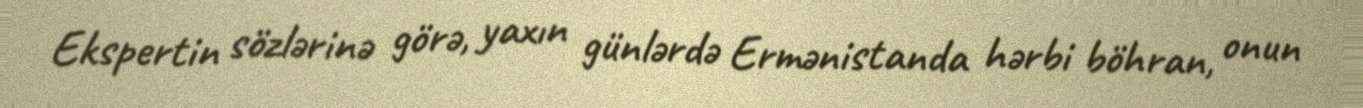
Ekspertin sözlərinə görə, yaxın günlərdə Ermənistanda hərbi böhran, onun